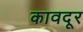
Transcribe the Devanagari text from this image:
कावदूर